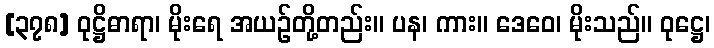
[၃၇၈] ဝုဋ္ဌိဓာရာ၊ မိုးရေ အယဉ်တို့တည်း။ ပန၊ ကား။ ဒေဝေ၊ မိုးသည်။ ဝုဋ္ဌေ၊